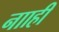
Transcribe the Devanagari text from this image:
नााही